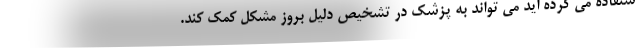
ستفاده می کرده اید می تواند به پزشک در تشخیص دلیل بروز مشکل کمک کند.